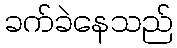
ခက်ခဲနေသည်